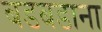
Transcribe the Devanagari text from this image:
बडबडाना